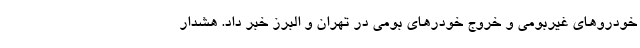
خودروهای غیربومی و خروج خودرهای بومی در تهران و البرز خبر داد. هشدار